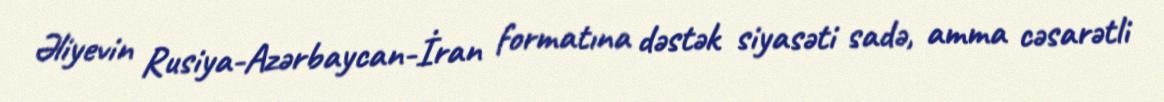
Əliyevin Rusiya-Azərbaycan-İran formatına dəstək siyasəti sadə, amma cəsarətli